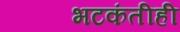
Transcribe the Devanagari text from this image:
भटकंतीही